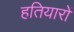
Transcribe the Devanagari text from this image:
हतियारों